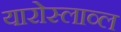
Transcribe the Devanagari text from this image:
यारोस्लाव्ल